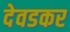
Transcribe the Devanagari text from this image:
देवडकर